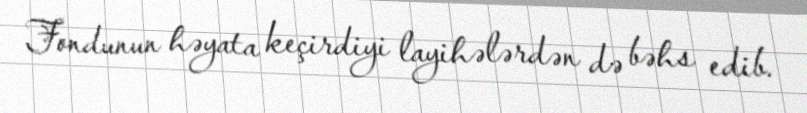
Fondunun həyata keçirdiyi layihələrdən də bəhs edib.